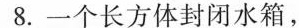
8.一个长方体封闭水箱，